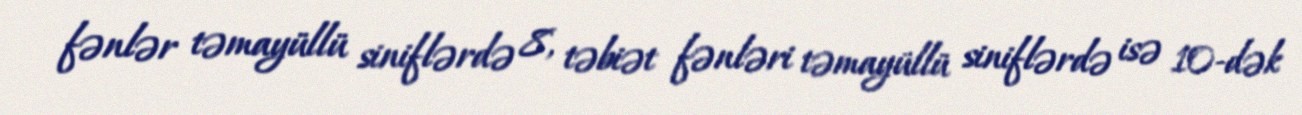
fənlər təmayüllü siniflərdə 8, təbiət fənləri təmayüllü siniflərdə isə 10-dək